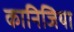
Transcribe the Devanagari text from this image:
कानिजिया